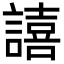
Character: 譆